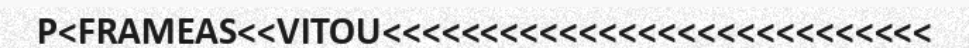
P<FRAMEAS<<VITOU<<<<<<<<<<<<<<<<<<<<<<<<<<<<